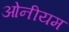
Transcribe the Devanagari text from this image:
ओनीयम